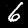
Label: 6